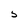
Character: 5